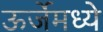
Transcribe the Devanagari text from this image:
ऊर्जेमध्ये